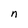
Character: n